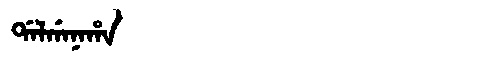
Manchu: ᡩᠠᠯᡤᠠᠨᠠᡥᠠ
Romanization: DALGANAHA